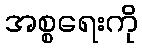
အစ္စရေးကို